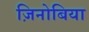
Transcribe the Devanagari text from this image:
ज़िनोबिया